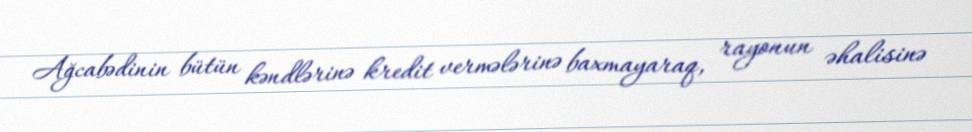
Ağcabədinin bütün kəndlərinə kredit vermələrinə baxmayaraq, rayonun əhalisinə